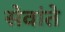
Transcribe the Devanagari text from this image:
सेवांते